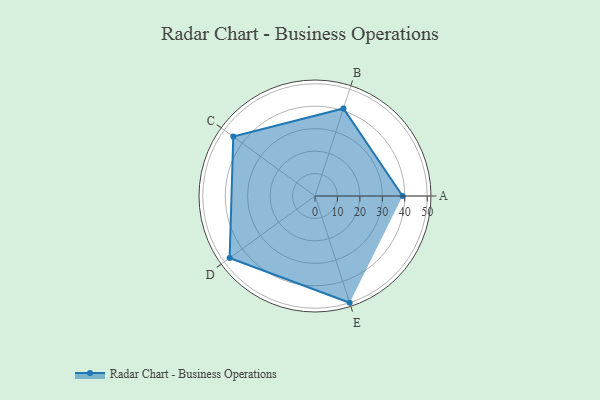
{"axis": {"x": "Skill", "y": "Score"}, "legend": ["Profile"], "data": [{"x": "A", "y": 39.0, "type": "Profile"}, {"x": "B", "y": 41.0, "type": "Profile"}, {"x": "C", "y": 45.0, "type": "Profile"}, {"x": "D", "y": 47.0, "type": "Profile"}, {"x": "E", "y": 50.0, "type": "Profile"}]}